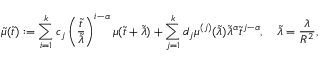
\tilde { \mu } ( \tilde { t } ) : = \sum _ { i = 1 } ^ { k } c _ { j } \left( \frac { \tilde { t } } { \tilde { \lambda } } \right) ^ { i - \alpha } \mu ( \tilde { t } + \tilde { \lambda } ) + \sum _ { j = 1 } ^ { k } d _ { j } \mu ^ { ( j ) } ( \tilde { \lambda } ) \tilde { \lambda } ^ { \alpha } \tilde { t } ^ { j - \alpha } , \quad \tilde { \lambda } = \frac { \lambda } { R ^ { 2 } } ,